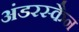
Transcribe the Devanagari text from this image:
अंडरस्कैन